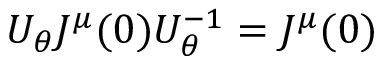
U _ { \theta } J ^ { \mu } ( 0 ) U _ { \theta } ^ { - 1 } = J ^ { \mu } ( 0 )